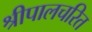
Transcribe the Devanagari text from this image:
श्रीपालचरित